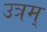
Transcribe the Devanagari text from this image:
उत्रम्